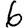
Digit: 6